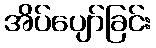
အိပ်ပျော်ခြင်း